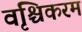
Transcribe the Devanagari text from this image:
वृश्चिकरम